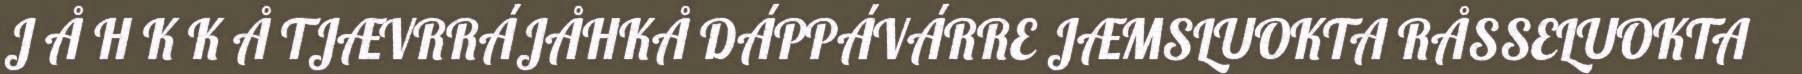
J Å H K K Å TJÆVRRÁJÅHKÅ DÁPPÁVÁRRE JÆMSLUOKTA RÅSSELUOKTA